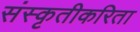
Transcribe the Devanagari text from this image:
संस्कृतीकरिता